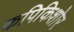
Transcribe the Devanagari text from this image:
कपिकिशोर